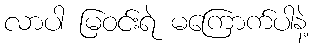
လာပါ မြဝင်းရဲ မကြောက်ပါနဲ့